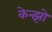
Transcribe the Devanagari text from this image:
केन्झो